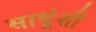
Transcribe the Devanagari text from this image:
साधूंशी